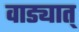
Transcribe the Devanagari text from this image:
वाड्यात्